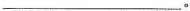
___。